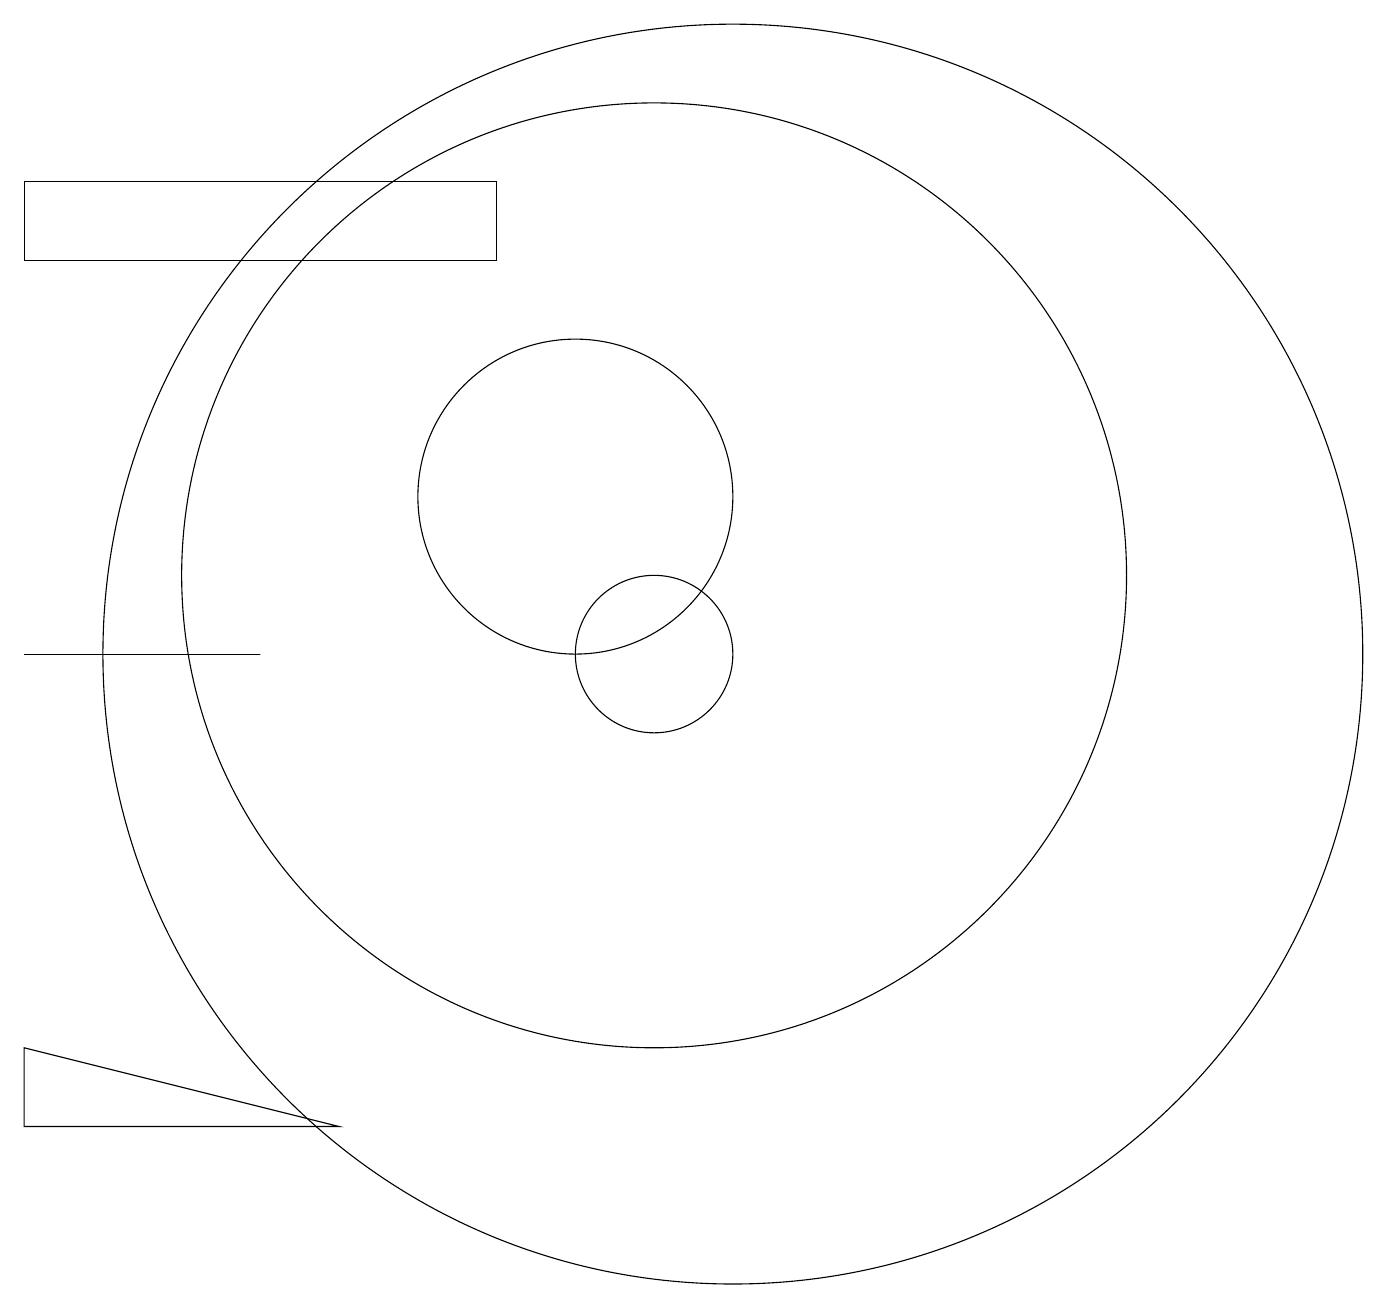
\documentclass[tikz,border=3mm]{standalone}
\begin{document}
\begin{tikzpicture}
\draw (11,10) circle (1);
\draw (9,16) rectangle (3,15);
\draw (3,4) -- (3,5) -- (7,4) -- cycle;
\draw (11,11) circle (6);
\draw (12,11) circle (0);
\draw (12,10) circle (8);
\draw (3,10) rectangle (6,10);
\draw (10,12) circle (2);
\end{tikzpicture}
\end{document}